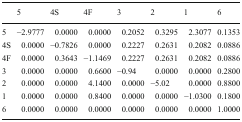
<table><thead><tr><td></td><td><b>5</b></td><td><b>4S</b></td><td><b>4F</b></td><td><b>3</b></td><td><b>2</b></td><td><b>1</b></td><td><b>6</b></td></tr></thead><tbody><tr><td>5</td><td>−2.9777</td><td>0.0000</td><td>0.0000</td><td>0.2052</td><td>0.3295</td><td>2.3077</td><td>0.1353</td></tr><tr><td>4S</td><td>0.0000</td><td>−0.7826</td><td>0.0000</td><td>0.2227</td><td>0.2631</td><td>0.2082</td><td>0.0886</td></tr><tr><td>4F</td><td>0.0000</td><td>0.3643</td><td>−1.1469</td><td>0.2227</td><td>0.2631</td><td>0.2082</td><td>0.0886</td></tr><tr><td>3</td><td>0.0000</td><td>0.0000</td><td>0.6600</td><td>−0.94</td><td>0.0000</td><td>0.0000</td><td>0.2800</td></tr><tr><td>2</td><td>0.0000</td><td>0.0000</td><td>4.1400</td><td>0.0000</td><td>−5.02</td><td>0.0000</td><td>0.8800</td></tr><tr><td>1</td><td>0.0000</td><td>0.0000</td><td>0.8400</td><td>0.0000</td><td>0.0000</td><td>−1.0300</td><td>0.1800</td></tr><tr><td>6</td><td>0.0000</td><td>0.0000</td><td>0.0000</td><td>0.0000</td><td>0.0000</td><td>0.0000</td><td>1.0000</td></tr></tbody></table>